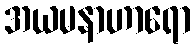
အယမနာဟာရော